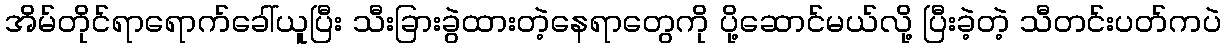
အိမ်တိုင်ရာရောက်ခေါ်ယူပြီး သီးခြားခွဲထားတဲ့နေရာတွေကို ပို့ဆောင်မယ်လို့ ပြီးခဲ့တဲ့ သီတင်းပတ်ကပဲ